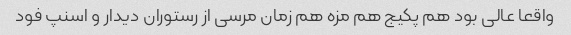
واقعا عالی بود هم پکیج هم مزه هم زمان مرسی از رستوران دیدار و اسنپ فود